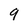
Character: 9